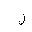
Letter: _lam